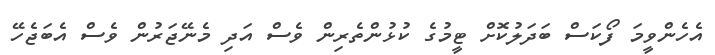
އެހެންވީމަ ފޯކަސް ބަދަލުކޮށް ޓީމުގެ ކުޅުންތެރިން ވެސް އަދި މެނޭޖަރުން ވެސް އެބަޖެހޭ